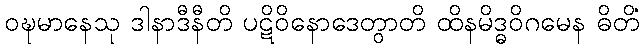
ဝဍ္ဎမာနေသု ဒါနာဒီနီတိ ပဋိဝိနောဒေတွာတိ ထိနမိဒ္ဓဝိဂမေန ဓိတိံ